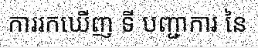
ការរកឃើញ ទី បញ្ជាការ នៃ